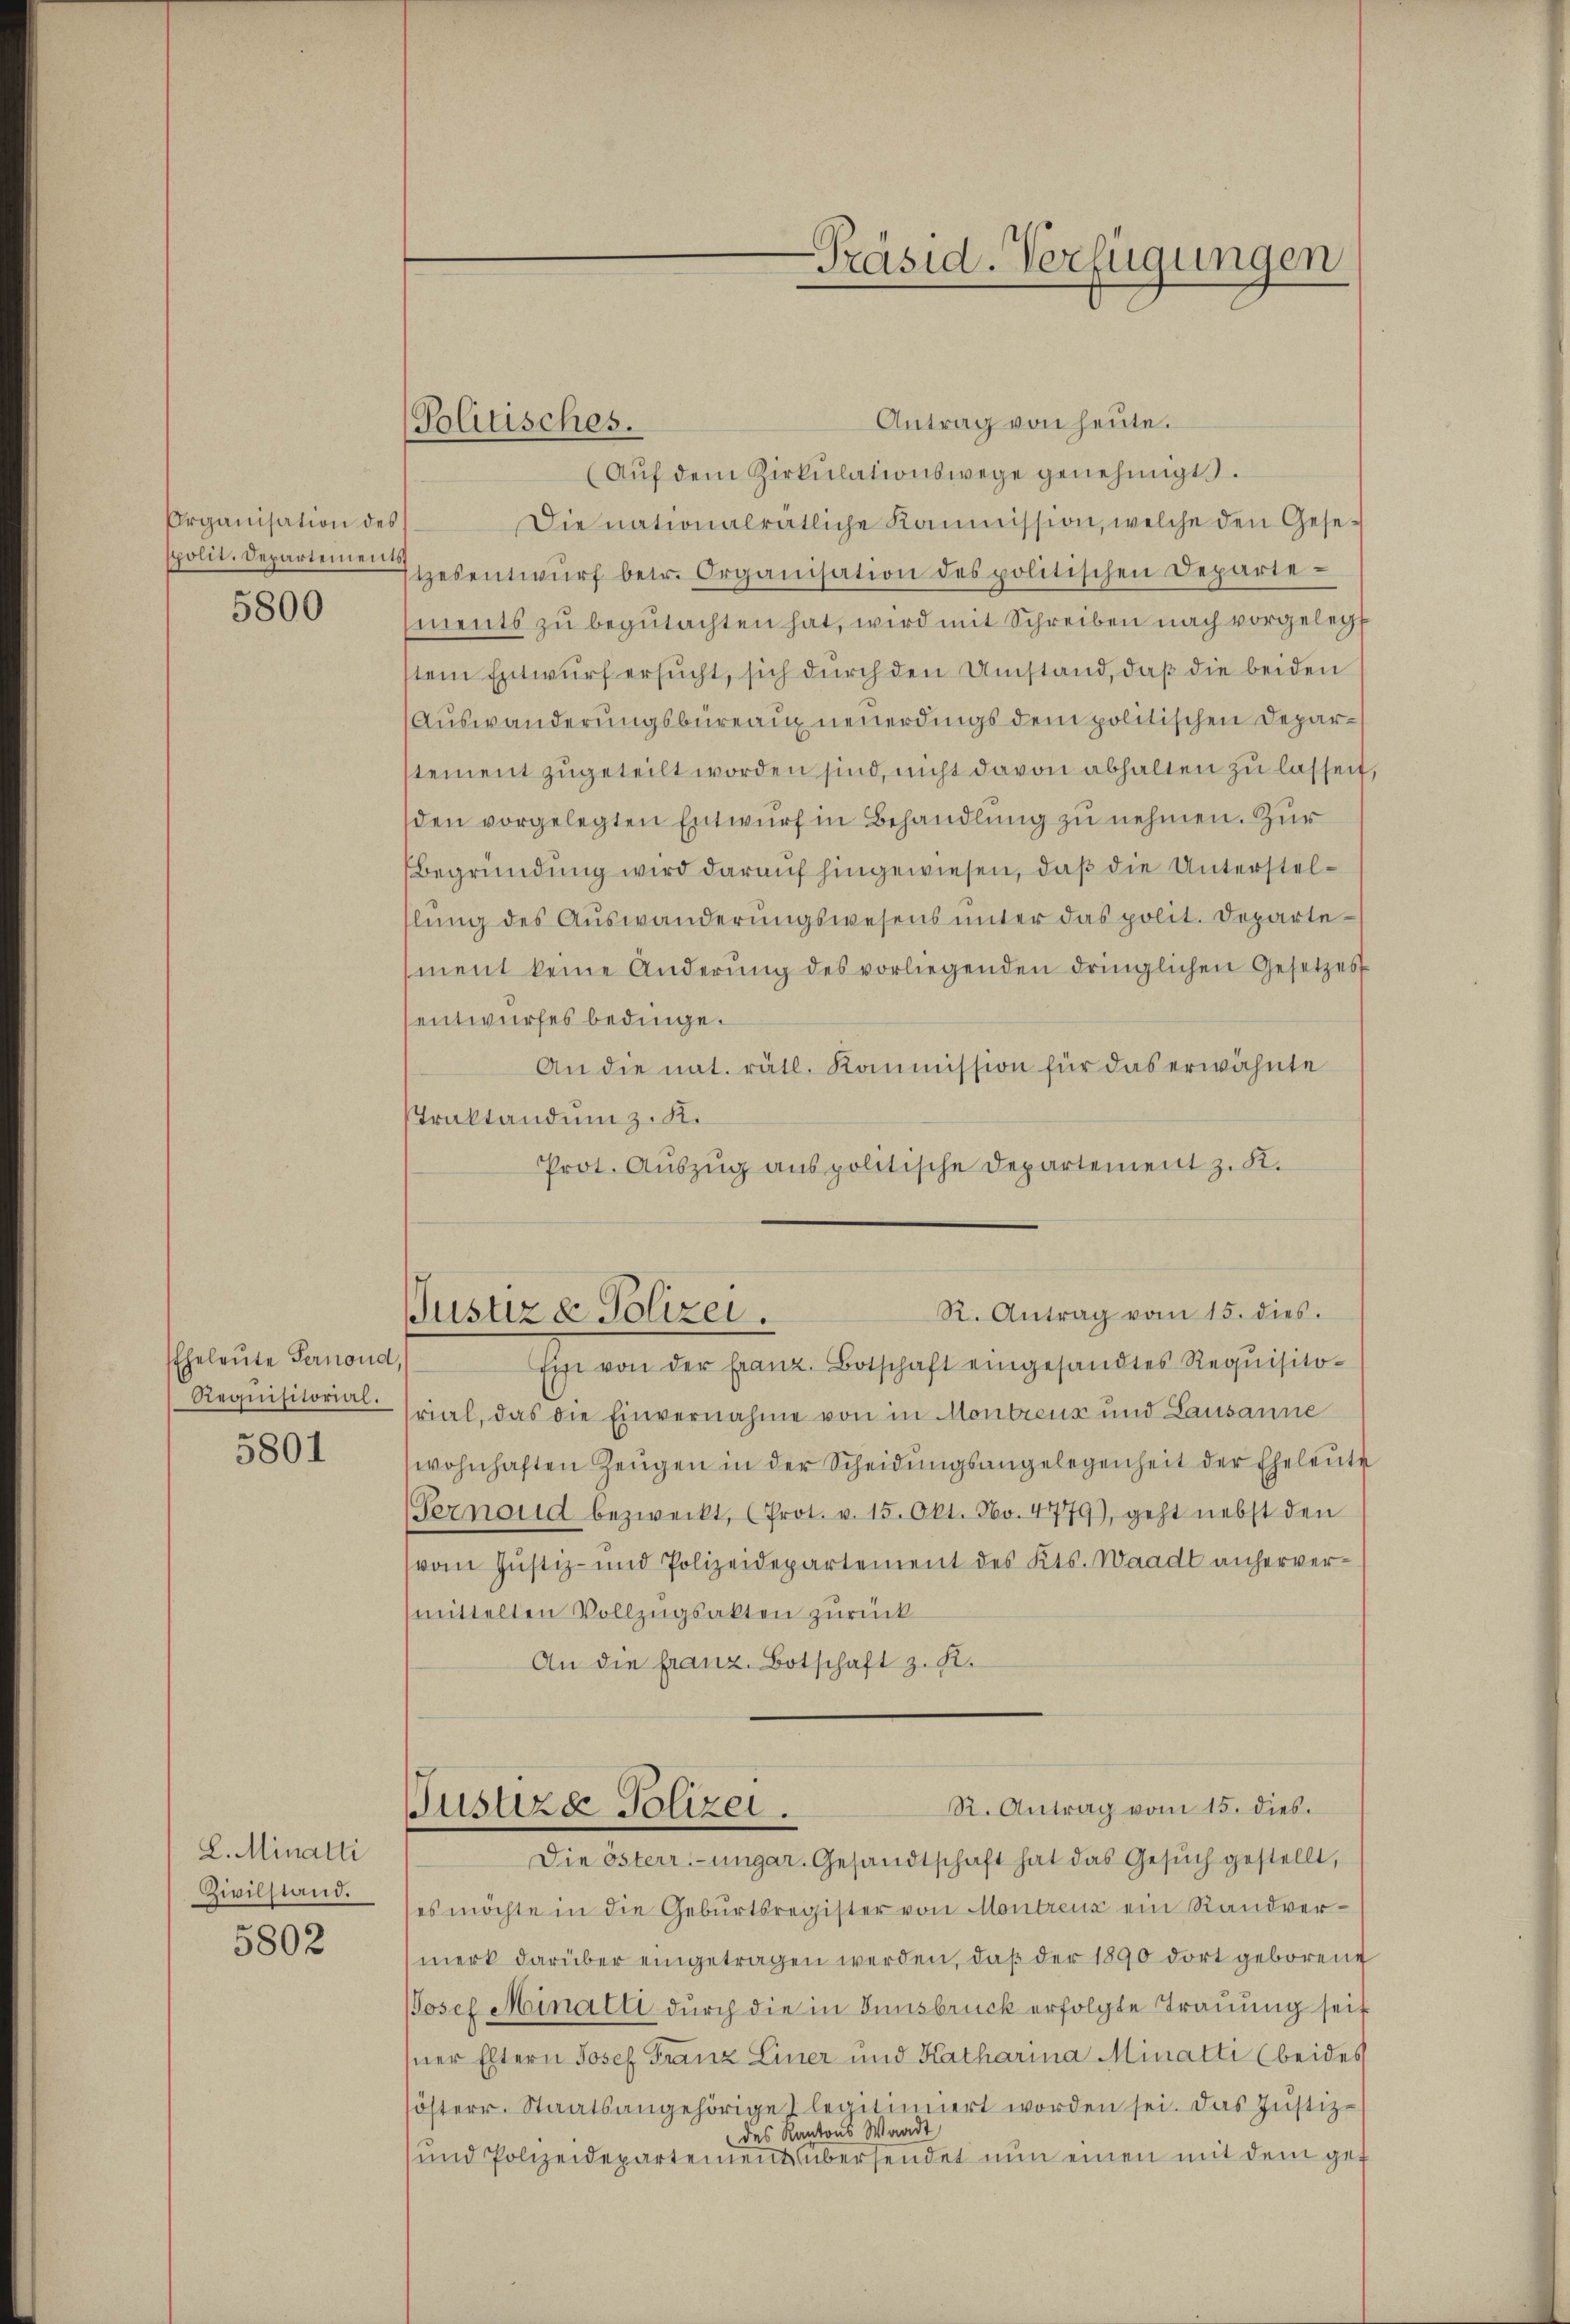
Organisation des
spolit. Departement
5800

Eheleute Pernond,
Requisitorial.

5801

L. Minalli
Zivilstand.

5802

Politisches.

Antrag von heute.
(Aŭf dem Zirkŭlationswege genehmigt.
Die nationalrätliche Kommission, welche den Gese¬
Itzesentwŭrf betr. Organisation des politischen Departe
ments zŭ begŭtachten hat, wird mit Schreiben nach vorgelegt
stem Entwŭrf ersŭcht, sich dŭrch den Umstand, daβ die beiden
Auswanderungsbüreaux neuerdings dem politischen Deparstement zugeteilt worden sind, nicht davon abhalten zu lassen,
den vorgelegten Entwurf in Behandlung zu nehmen. Zur
Begründung wird darauf hingewiesen, daß die Unterstellŭng des Aŭswanderŭngswesens ŭnter das polit. Departement keine Anderŭng des vorliegenden dringlichen Gesetzes
sentwurfes bedinge.
An die nat. rätl. Kommission für das erwähnte
Traktandum z. K.
Prot. Aŭszŭg anspolitische Departement z. K.
Ein von der franz. Botschaft eingesandtes Requisito-
rial, das die Einvernahme von in Montreuz und Lausanne
wohnhaften Zeŭgen in der Scheidŭngsangelegenheit der Eheleute
Pernoud bezweckt, (Prot. v. 15. Okt. No. 4779), geht nebst den
(vom Justiz- und Polizeidepartement des Kts. Waadt anhervermittelten Vollzugsakten zurück
An die franz. Botschaft z. R.
R. Antrag vom 15. dies.
Justiza Polizei.
Die österr.-ungar. Gesandtschaft hat das Gesŭch gestellt,
es möchte in die Geburtsregister von Montrenz ein Randvermerk darüber eingetragen werden, daß der 1890 dort geborene
Josef Minalli durch die in Innsbruck erfolgte Trauung seit
sner Eltern Josef Franz Liner und Katharina Minatti (beides
sösterr. Staatsangehörige legitimiert worden sei. Das Justiz-
des Kantons Waadt
und Polizeidepartement übersendet nun einen mit dem gef

-Präsid. Verfügungen

R. Antrag vom 15. dies.
Justiz & Polizei.